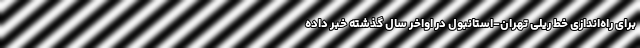
برای راه‌اندازی خط ریلی تهران-استانبول در اواخر سال گذشته خبر داده